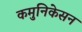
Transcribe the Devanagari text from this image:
कमुनिकेसन